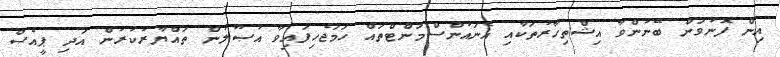
އިން ފޮނުވަން ބޭނުންވާ އިޝްތިހާރުތަކާއި އެނައުންސްމަންޓްތައް ހަމަޖެހިފައިވާ އުޞޫލުން ތައްޔާރުކުރުން އަދި ޕީއެސް